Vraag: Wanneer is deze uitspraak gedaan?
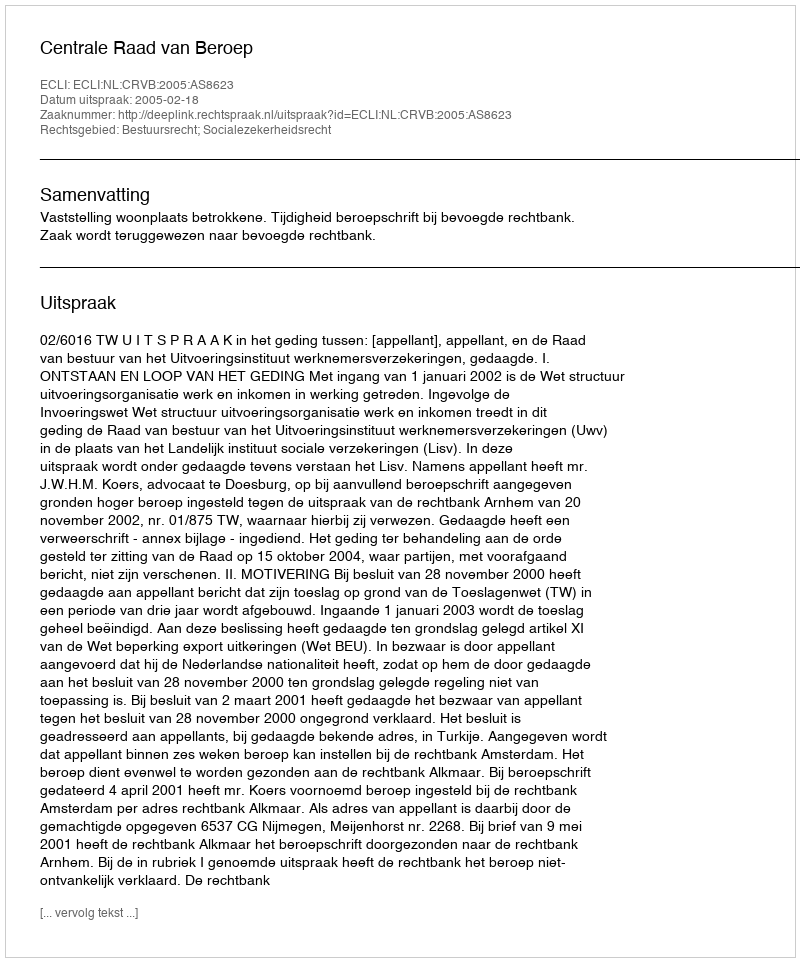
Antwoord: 2005-02-18